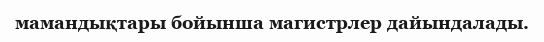
мамандықтары бойынша магистрлер дайындалады.